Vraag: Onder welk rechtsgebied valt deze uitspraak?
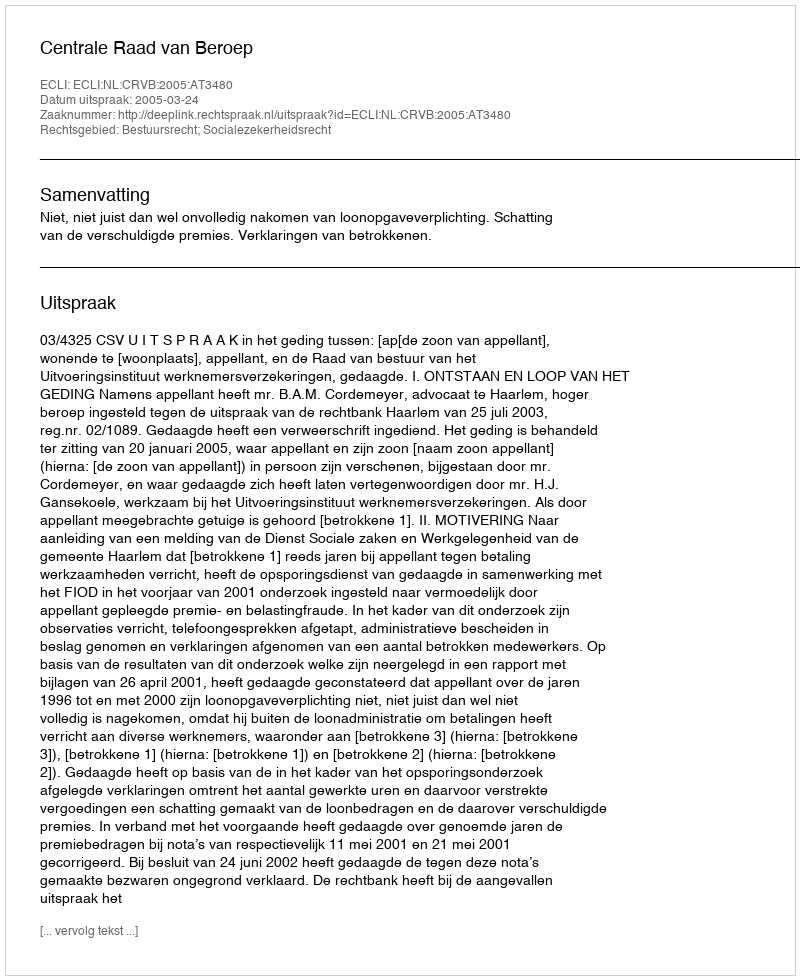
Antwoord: Bestuursrecht; Socialezekerheidsrecht